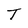
Character: T